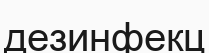
дезинфекц